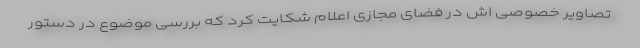
تصاویر خصوصی اش در فضای مجازی اعلام شکایت کرد که بررسی موضوع در دستور